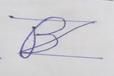
Signature authenticity: forged